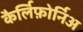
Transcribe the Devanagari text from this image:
कैर्लिफ़ोर्निअ